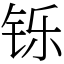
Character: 铄